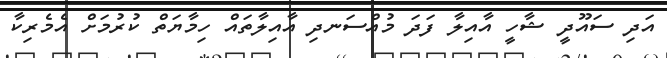
އަދި ސައޫދީ ޝާހީ އާއިލާ ފަދަ މުއްސަނދި އާއިލާތައް ހިމާޔަތް ކުރުމަށް އެމެރިކާ